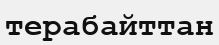
терабайттан